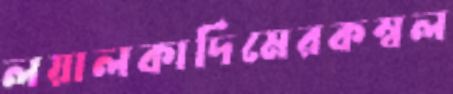
লয়ালকাদিমেরকম্বল